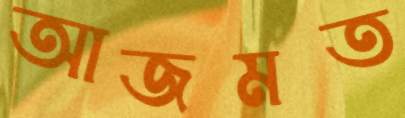
আজমত